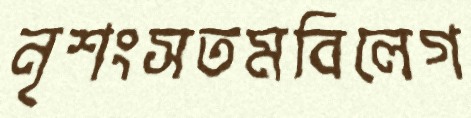
নৃশংসতমবিলেগ